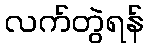
လက်တွဲရန်